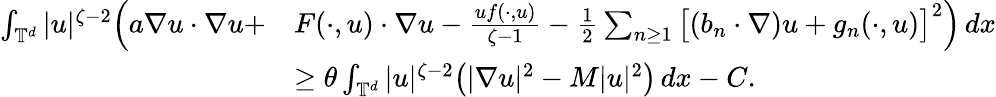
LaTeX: \begin{array}{rl}{\int_{{\mathbb T}^{d}}|u|^{\zeta-2}\Big(a\nabla u\cdot\nabla u+}&{F(\cdot,u)\cdot\nabla u-\frac{uf(\cdot,u)}{\zeta-1}-\frac 12\sum_{n\geq 1}\big[(b_{n}\cdot\nabla)u+g_{n}(\cdot,u)\big]^{2}\Big)\, dx}\\ &{\geq\theta\int_{{\mathbb T}^{d}}|u|^{\zeta-2}\big(|\nabla u|^{2}-M|u|^{2}\big)\, dx-C.}\end{array}